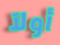
أولآ